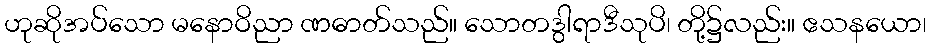
ဟုဆိုအပ်သော မနောဝိညာ ဏဓာတ်သည်။ သောတဒွါရာဒီသုပိ၊ တို့၌လည်း။ ဧသနယော၊